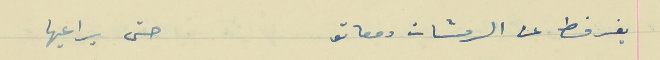
يفرفط عن الرمشات دمعاتو                                             حتى يراعيها